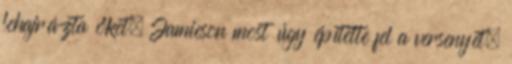
lehajrázta őket. Jamieson most úgy építette fel a versenyét,